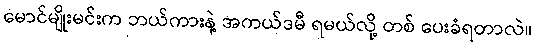
မောင်မျိုးမင်းက ဘယ်ကားနဲ့ အကယ်ဒမီ ရမယ်လို့ တစ် ပေးခံရတာလဲ။